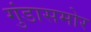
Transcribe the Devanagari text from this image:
गुंडासमोर